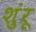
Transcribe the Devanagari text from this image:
शुंरू